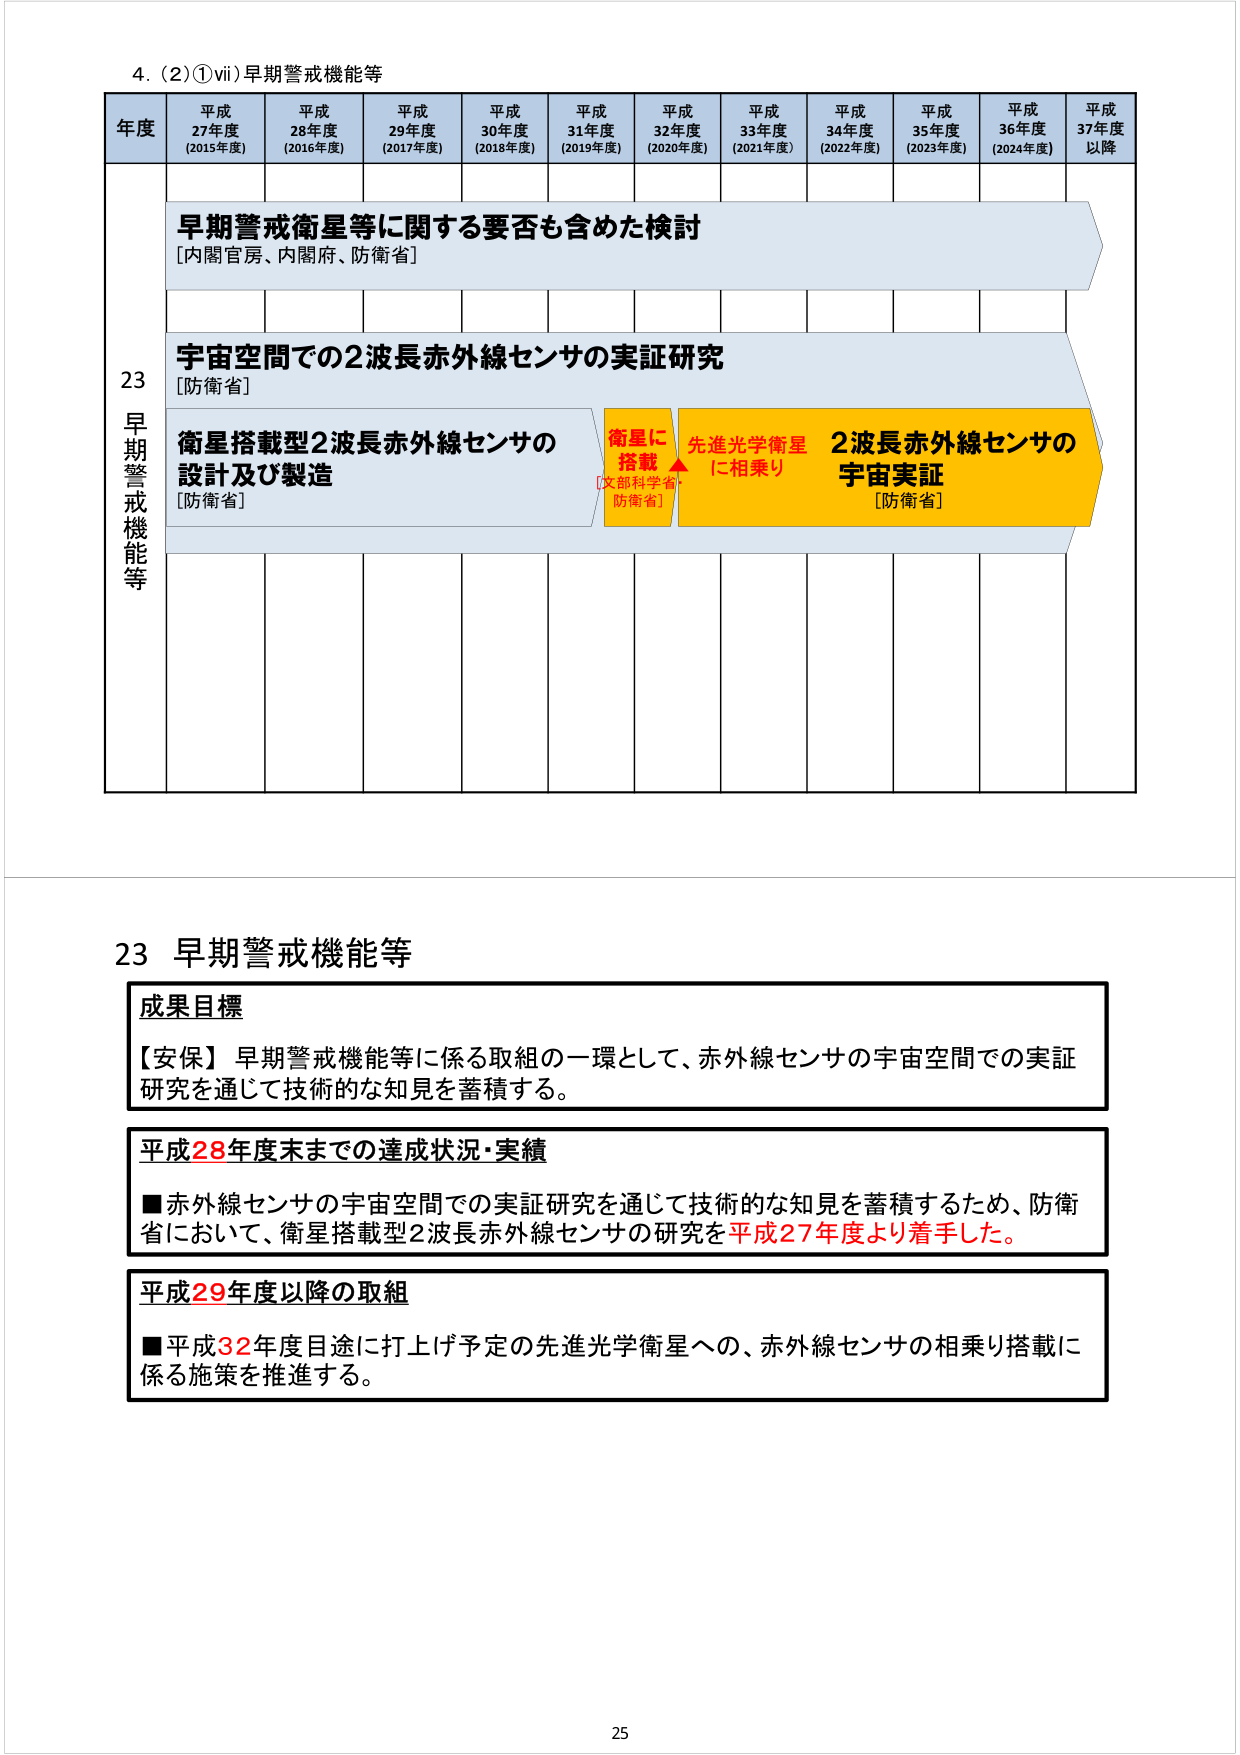
4. (2)①vii) 早期警戒機能等

年度 平成27年度 (2015年度) 平成28年度 (2016年度) 平成29年度 (2017年度) 平成30年度 (2018年度) 平成31年度 (2019年度) 平成32年度 (2020年度) 平成33年度 (2021年度) 平成34年度 (2022年度) 平成35年度 (2023年度) 平成36年度 (2024年度) 平成37年度以降

早期警戒衛星等に関する要否も含めた検討 [内閣官房、内閣府、防衛省]

宇宙空間での2波長赤外線センサの実証研究 [防衛省]

衛星搭載型2波長赤外線センサの設計及び製造 [防衛省]

衛星に搭載 [文部科学省・防衛省]

先進光学衛星に相乗り

2波長赤外線センサの宇宙実証 [防衛省]

23 早期警戒機能等

成果目標
【安保】早期警戒機能等に係る取組の一環として、赤外線センサの宇宙空間での実証研究を通じて技術的な知見を蓄積する。

平成28年度末までの達成状況・実績
■赤外線センサの宇宙空間での実証研究を通じて技術的な知見を蓄積するため、防衛省において、衛星搭載型2波長赤外線センサの研究を平成27年度より着手した。

平成29年度以降の取組
■平成32年度目途に打上げ予定の先進光学衛星への、赤外線センサの相乗り搭載に係る施策を推進する。

25